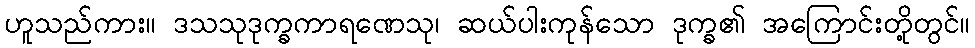
ဟူသည်ကား။ ဒသသုဒုက္ခကာရဏေသု၊ ဆယ်ပါးကုန်သော ဒုက္ခ၏ အကြောင်းတို့တွင်။